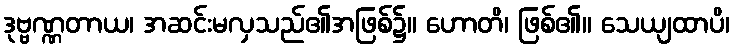
ဒုဗ္ဗဏ္ဏတာယ၊ အဆင်းမလှသည်၏အဖြစ်၌။ ဟောတိ၊ ဖြစ်၏။ သေယျထာပိ၊